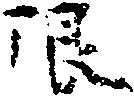
限